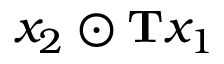
x _ { 2 } \odot \mathbf { T } x _ { 1 }